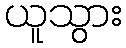
ယူသွား